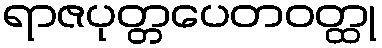
ရာဇပုတ္တပေတဝတ္ထု